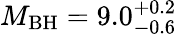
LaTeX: M_{\mathrm{BH}}=9.0_{\mathrm{-0.6}}^{+0.2}